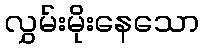
လွှမ်းမိုးနေသော